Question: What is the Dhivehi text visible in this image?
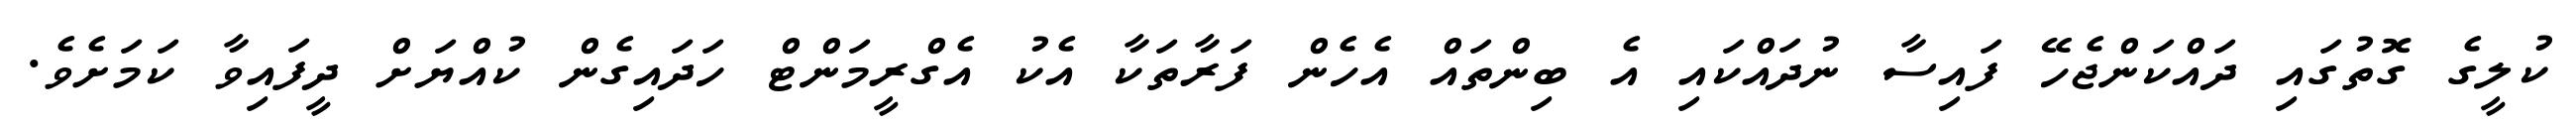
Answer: ކުލީގެ ގޮތުގައި ދައްކަންޖެހޭ ފައިސާ ނުދައްކައި އެ ބިންތައް އެހެން ފަރާތަކާ އެކު އެގްރީމަންޓް ހަދައިގެން ކުއްޔަށް ދީފައިވާ ކަމަށެވެ.